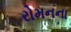
રોમનના